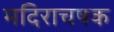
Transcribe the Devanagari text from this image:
मदिराचषक